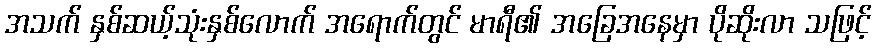
အသက် နှစ်ဆယ့်သုံးနှစ်လောက် အရောက်တွင် မာရီ၏ အခြေအနေမှာ ပိုဆိုးလာ သဖြင့်